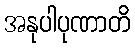
အနုပါပုဏာတိ